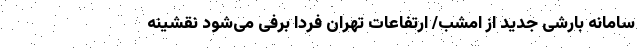
سامانه بارشی جدید از امشب/ ارتفاعات تهران فردا برفی می‌شود نقشینه